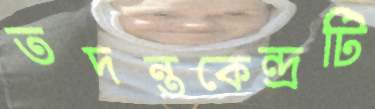
তদন্তকেন্দ্রটি